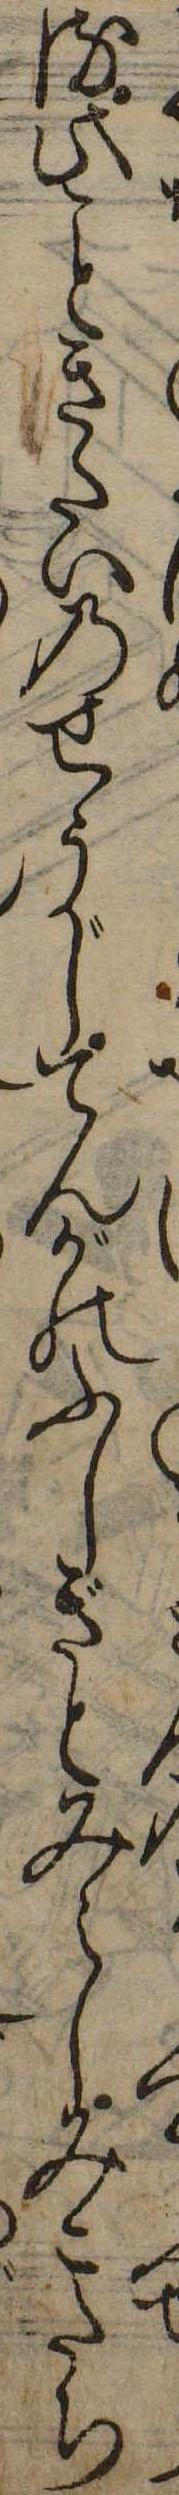
せらる此きたいのせうじてんがのふしぎとみえしみこたち